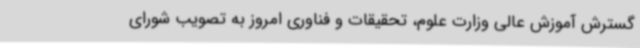
گسترش آموزش عالی وزارت علوم، تحقیقات و فناوری امروز به تصویب شورای